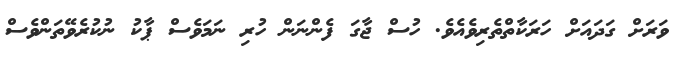
ވަރަށް ގަދައަށް ހަރަކާތްތެރިވެއެވެ. ހުސް ޖާގަ ފެންނަން ހުރި ނަމަވެސް ޕާކު ނުކުރެވޭތަންވެސް